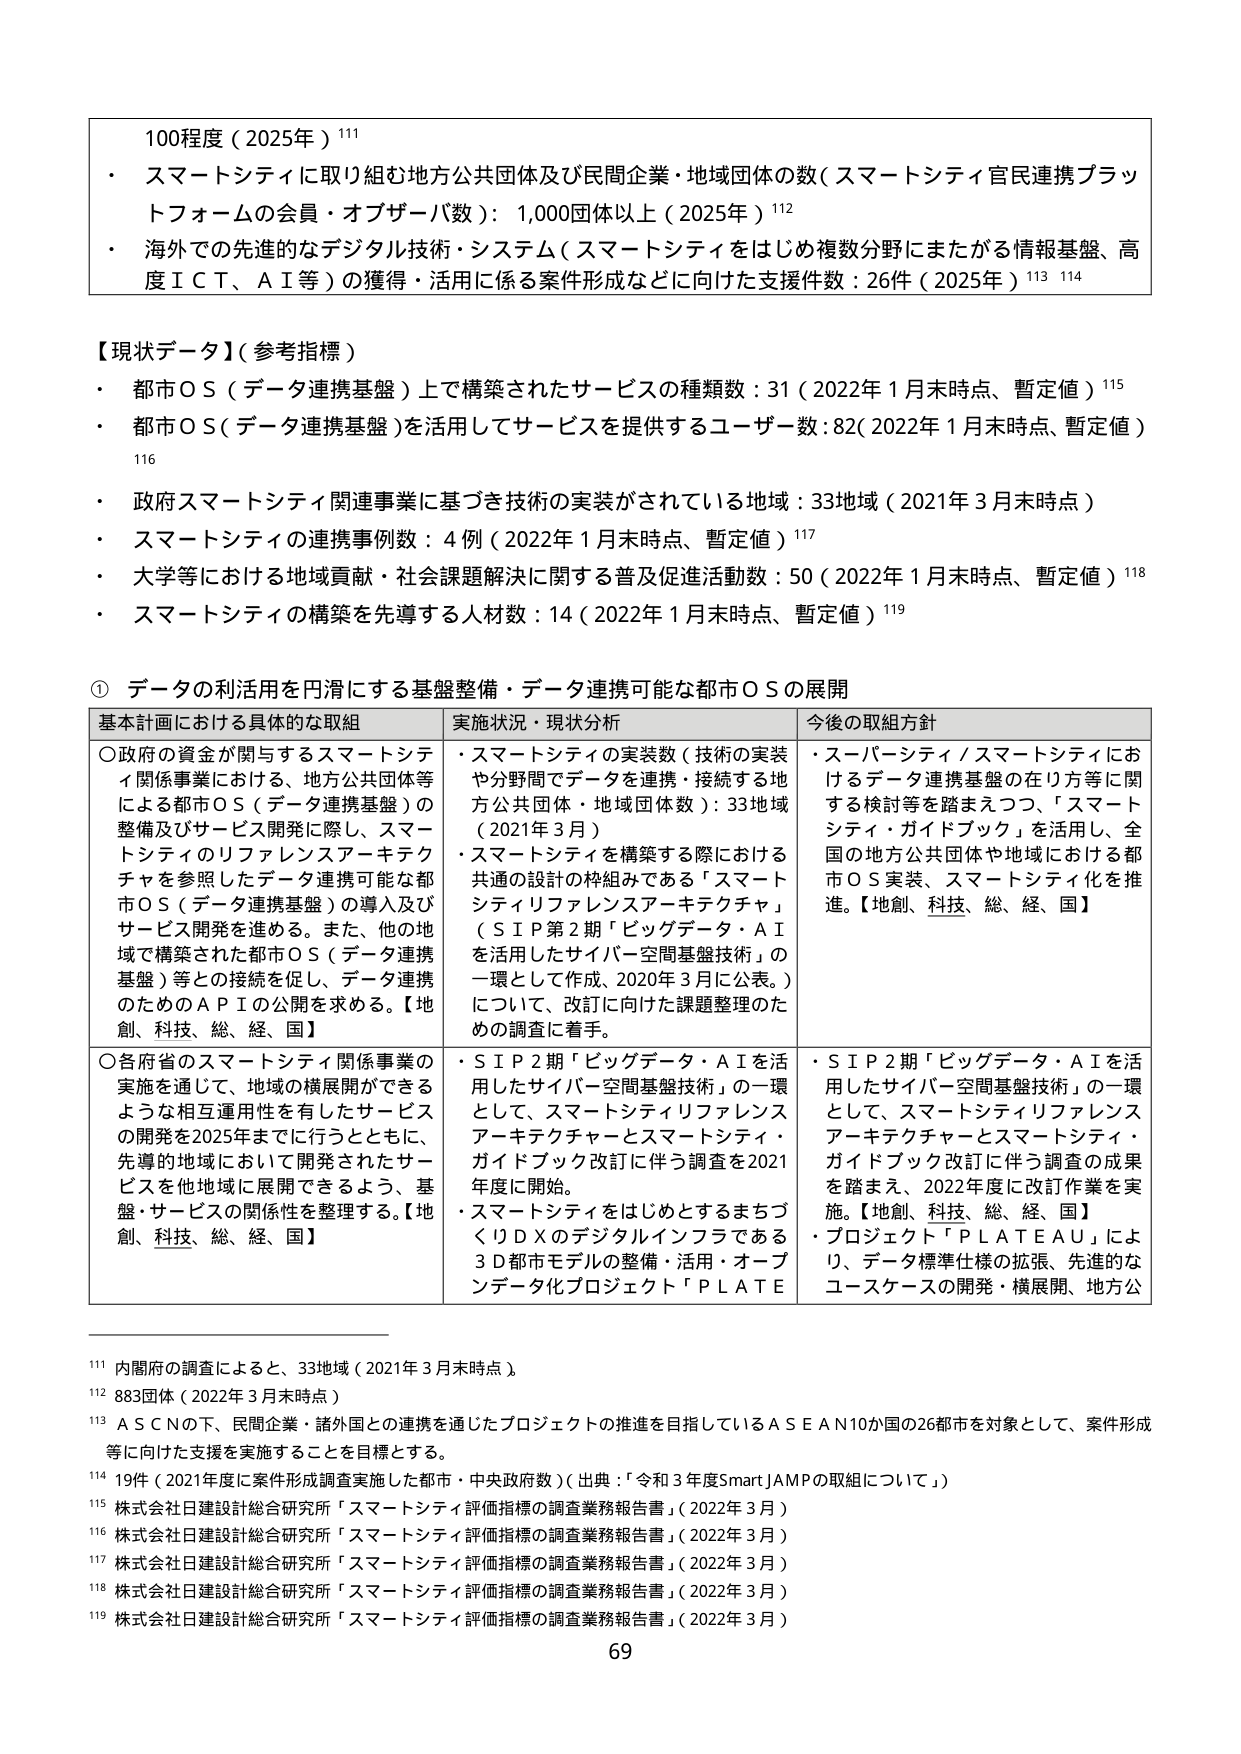
100程度（2025年）111
・ スマートシティに取り組む地方公共団体及び民間企業・地域団体の数（スマートシティ官民連携プラットフォームの会員・オブザーバ数）：1,000団体以上（2025年）112
・ 海外での先進的なデジタル技術・システム（スマートシティをはじめ複数分野にまたがる情報基盤、高度ＩＣＴ、ＡＩ等）の獲得・活用に係る案件形成などに向けた支援件数：26件（2025年）113 114

【現状データ】（参考指標）
・ 都市ＯＳ（データ連携基盤）上で構築されたサービスの種類数：31（2022年1月末時点、暫定値）115
・ 都市ＯＳ（データ連携基盤）を活用してサービスを提供するユーザー数：82（2022年1月末時点、暫定値）116
・ 政府スマートシティ関連事業に基づき技術の実装がされている地域：33地域（2021年3月末時点）
・ スマートシティの連携事例数：4例（2022年1月末時点、暫定値）117
・ 大学等における地域貢献・社会課題解決に関する普及促進活動数：50（2022年1月末時点、暫定値）118
・ スマートシティの構築を先導する人材数：14（2022年1月末時点、暫定値）119

① データの利活用を円滑にする基盤整備・データ連携可能な都市ＯＳの展開

基本計画における具体的な取組 | 実施状況・現状分析 | 今後の取組方針
---|---|---
〇政府の資金が関与するスマートシティ関係事業における、地方公共団体等による都市ＯＳ（データ連携基盤）の整備及びサービス開発に際し、スマートシティのリファレンスアーキテクチャを参照したデータ連携可能な都市ＯＳ（データ連携基盤）の導入及びサービス開発を進める。また、他の地域で構築された都市ＯＳ（データ連携基盤）等との接続を促し、データ連携のためのＡＰＩの公開を求める。【地創、科技、総、経、国】 | ・スマートシティの実装数（技術の実装や分野間でデータを連携・接続する地方公共団体・地域団体数）：33地域（2021年3月）
・スマートシティを構築する際における共通の設計の枠組みである「スマートシティリファレンスアーキテクチャ」（ＳＩＰ第2期「ビッグデータ・ＡＩを活用したサイバー空間基盤技術」の一環として作成、2020年3月に公表。）について、改訂に向けた課題整理のための調査に着手。 | ・スーパーシティ／スマートシティにおけるデータ連携基盤の在り方等に関する検討等を踏まえつつ、「スマートシティ・ガイドブック」を活用し、全国の地方公共団体や地域における都市ＯＳ実装、スマートシティ化を推進。【地創、科技、総、経、国】
〇各府省のスマートシティ関係事業の実施を通じて、地域の横展開ができるような相互運用性を有したサービスの開発を2025年までに行うとともに、先導的地域において開発されたサービスを他地域に展開できるよう、基盤・サービスの関係性を整理する。【地創、科技、総、経、国】 | ・ＳＩＰ2期「ビッグデータ・ＡＩを活用したサイバー空間基盤技術」の一環として、スマートシティリファレンスアーキテクチャとスマートシティ・ガイドブック改訂に伴う調査を2021年度に開始。
・スマートシティをはじめとするまちづくりＤＸのデジタルインフラである3Ｄ都市モデルの整備・活用・オープンデータ化プロジェクト「ＰＬＡＴＥ | ・ＳＩＰ2期「ビッグデータ・ＡＩを活用したサイバー空間基盤技術」の一環として、スマートシティリファレンスアーキテクチャとスマートシティ・ガイドブック改訂に伴う調査の成果を踏まえ、2022年度に改訂作業を実施。【地創、科技、総、経、国】
・プロジェクト「ＰＬＡＴＥＡＵ」により、データ標準仕様の拡張、先進的なユースケースの開発・横展開、地方公

111 内閣府の調査によると、33地域（2021年3月末時点）
112 883団体（2022年3月末時点）
113 ＡＳＣＮの下、民間企業・諸外国との連携を通じたプロジェクトの推進を目指しているＡＳＥＡＮ10か国の26都市を対象として、案件形成等に向けた支援を実施することを目標とする。
114 19件（2021年度に案件形成調査実施した都市・中央政府）（出典：「令和3年度SmartJAMPの取組について」）
115 株式会社日建設計総合研究所「スマートシティ評価指標の調査業務報告書」（2022年3月）
116 株式会社日建設計総合研究所「スマートシティ評価指標の調査業務報告書」（2022年3月）
117 株式会社日建設計総合研究所「スマートシティ評価指標の調査業務報告書」（2022年3月）
118 株式会社日建設計総合研究所「スマートシティ評価指標の調査業務報告書」（2022年3月）
119 株式会社日建設計総合研究所「スマートシティ評価指標の調査業務報告書」（2022年3月）
69